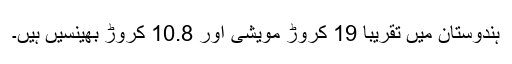
ہندوستان میں تقریباً 19 کروڑ مویشی اور 10.8 کروڑ بھینسیں ہیں۔